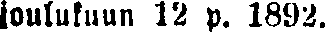
Joulukuun 12 p. 1892.